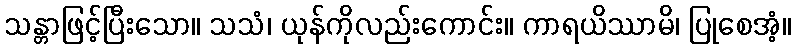
သန္တာဖြင့်ပြီးသော။ သသံ၊ ယုန်ကိုလည်းကောင်း။ ကာရယိဿာမိ၊ ပြုစေအံ့။